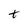
Character: t